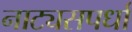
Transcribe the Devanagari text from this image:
नाट्यसपर्धा